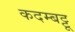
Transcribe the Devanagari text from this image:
कदम्बट्टू